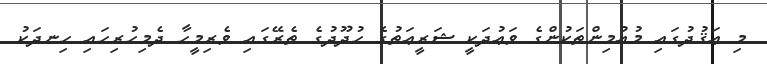
މި ޢަޤުދުގައި މުއުމިންތަކުންގެ ވަޢުދަކީ ޝަރީޢަތުގެ ޙުދޫދުގެ ތެރޭގައި ވެރިމީހާ ދެމިހުރިހައި ހިނދަކު